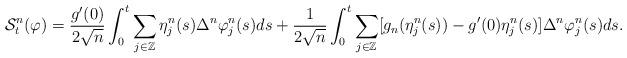
LaTeX: \begin{align*}\begin{aligned}\mathcal{S}^n_t (\varphi ) = \frac{g^\prime (0) }{2\sqrt{n}} \int_0^t \sum_{j \in \mathbb{Z}} \eta^n_j (s) \Delta^n \varphi^n_j (s) ds + \frac{1}{2\sqrt{n}} \int^t_0 \sum_{j \in \mathbb{Z} } [g_n (\eta^n_j (s) ) - g^\prime(0) \eta^n_j (s) ] \Delta^n \varphi^n_j (s) ds .\end{aligned}\end{align*}